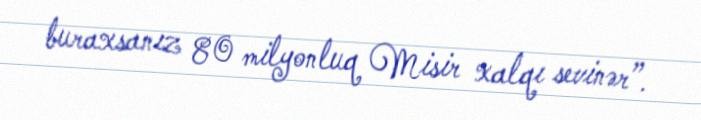
buraxsanız 80 milyonluq Misir xalqı sevinər”.